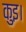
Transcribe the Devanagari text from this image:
कुइ।